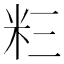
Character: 𮇅